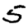
Digit: 5